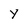
Character: Y